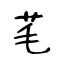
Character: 芼